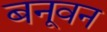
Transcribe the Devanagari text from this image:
बनूवन